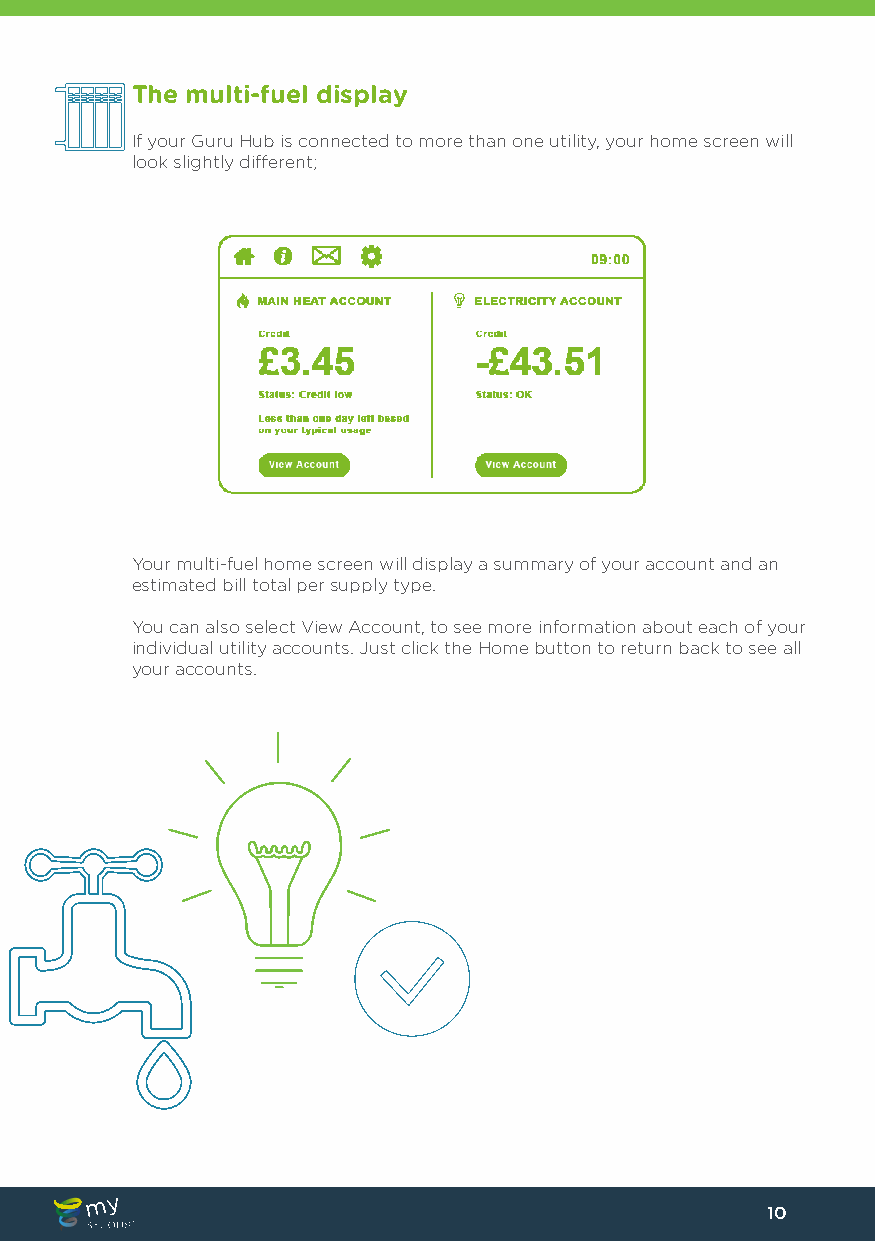
The multi-fuel display
 If your Guru Hub is connected to more than one utility, your home screen will
 look slightly different;
 Your multi-fuel home screen will display a summary of your account and an
 estimated bill total per supply type.
 You can also select View Account, to see more information about each of your
 individual utility accounts. Just click the Home button to return back to see all
 your accounts.
 10